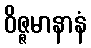
ဝိဇ္ဇမာနာနံ